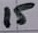
Text: 15